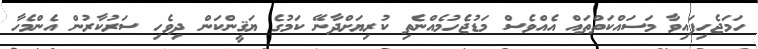
ހަމަޖެހިފައިވާ މަސައްކަތްތައް އެއްވެސް މަޑުޖެހުމެއްނެތި ކުރިޔަށްދާނޭ ކަމުގެ ޔަޤީންކަން ދިވެހި ސަރުކާރުން އެންމެހާ